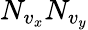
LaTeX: N_{v_{x}}N_{v_{y}}